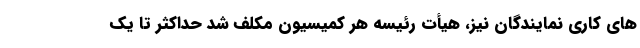
های کاری نمایندگان نیز، هیأت رئیسه هر کمیسیون مکلف شد حداکثر تا یک